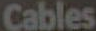
Cables